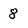
Character: 8